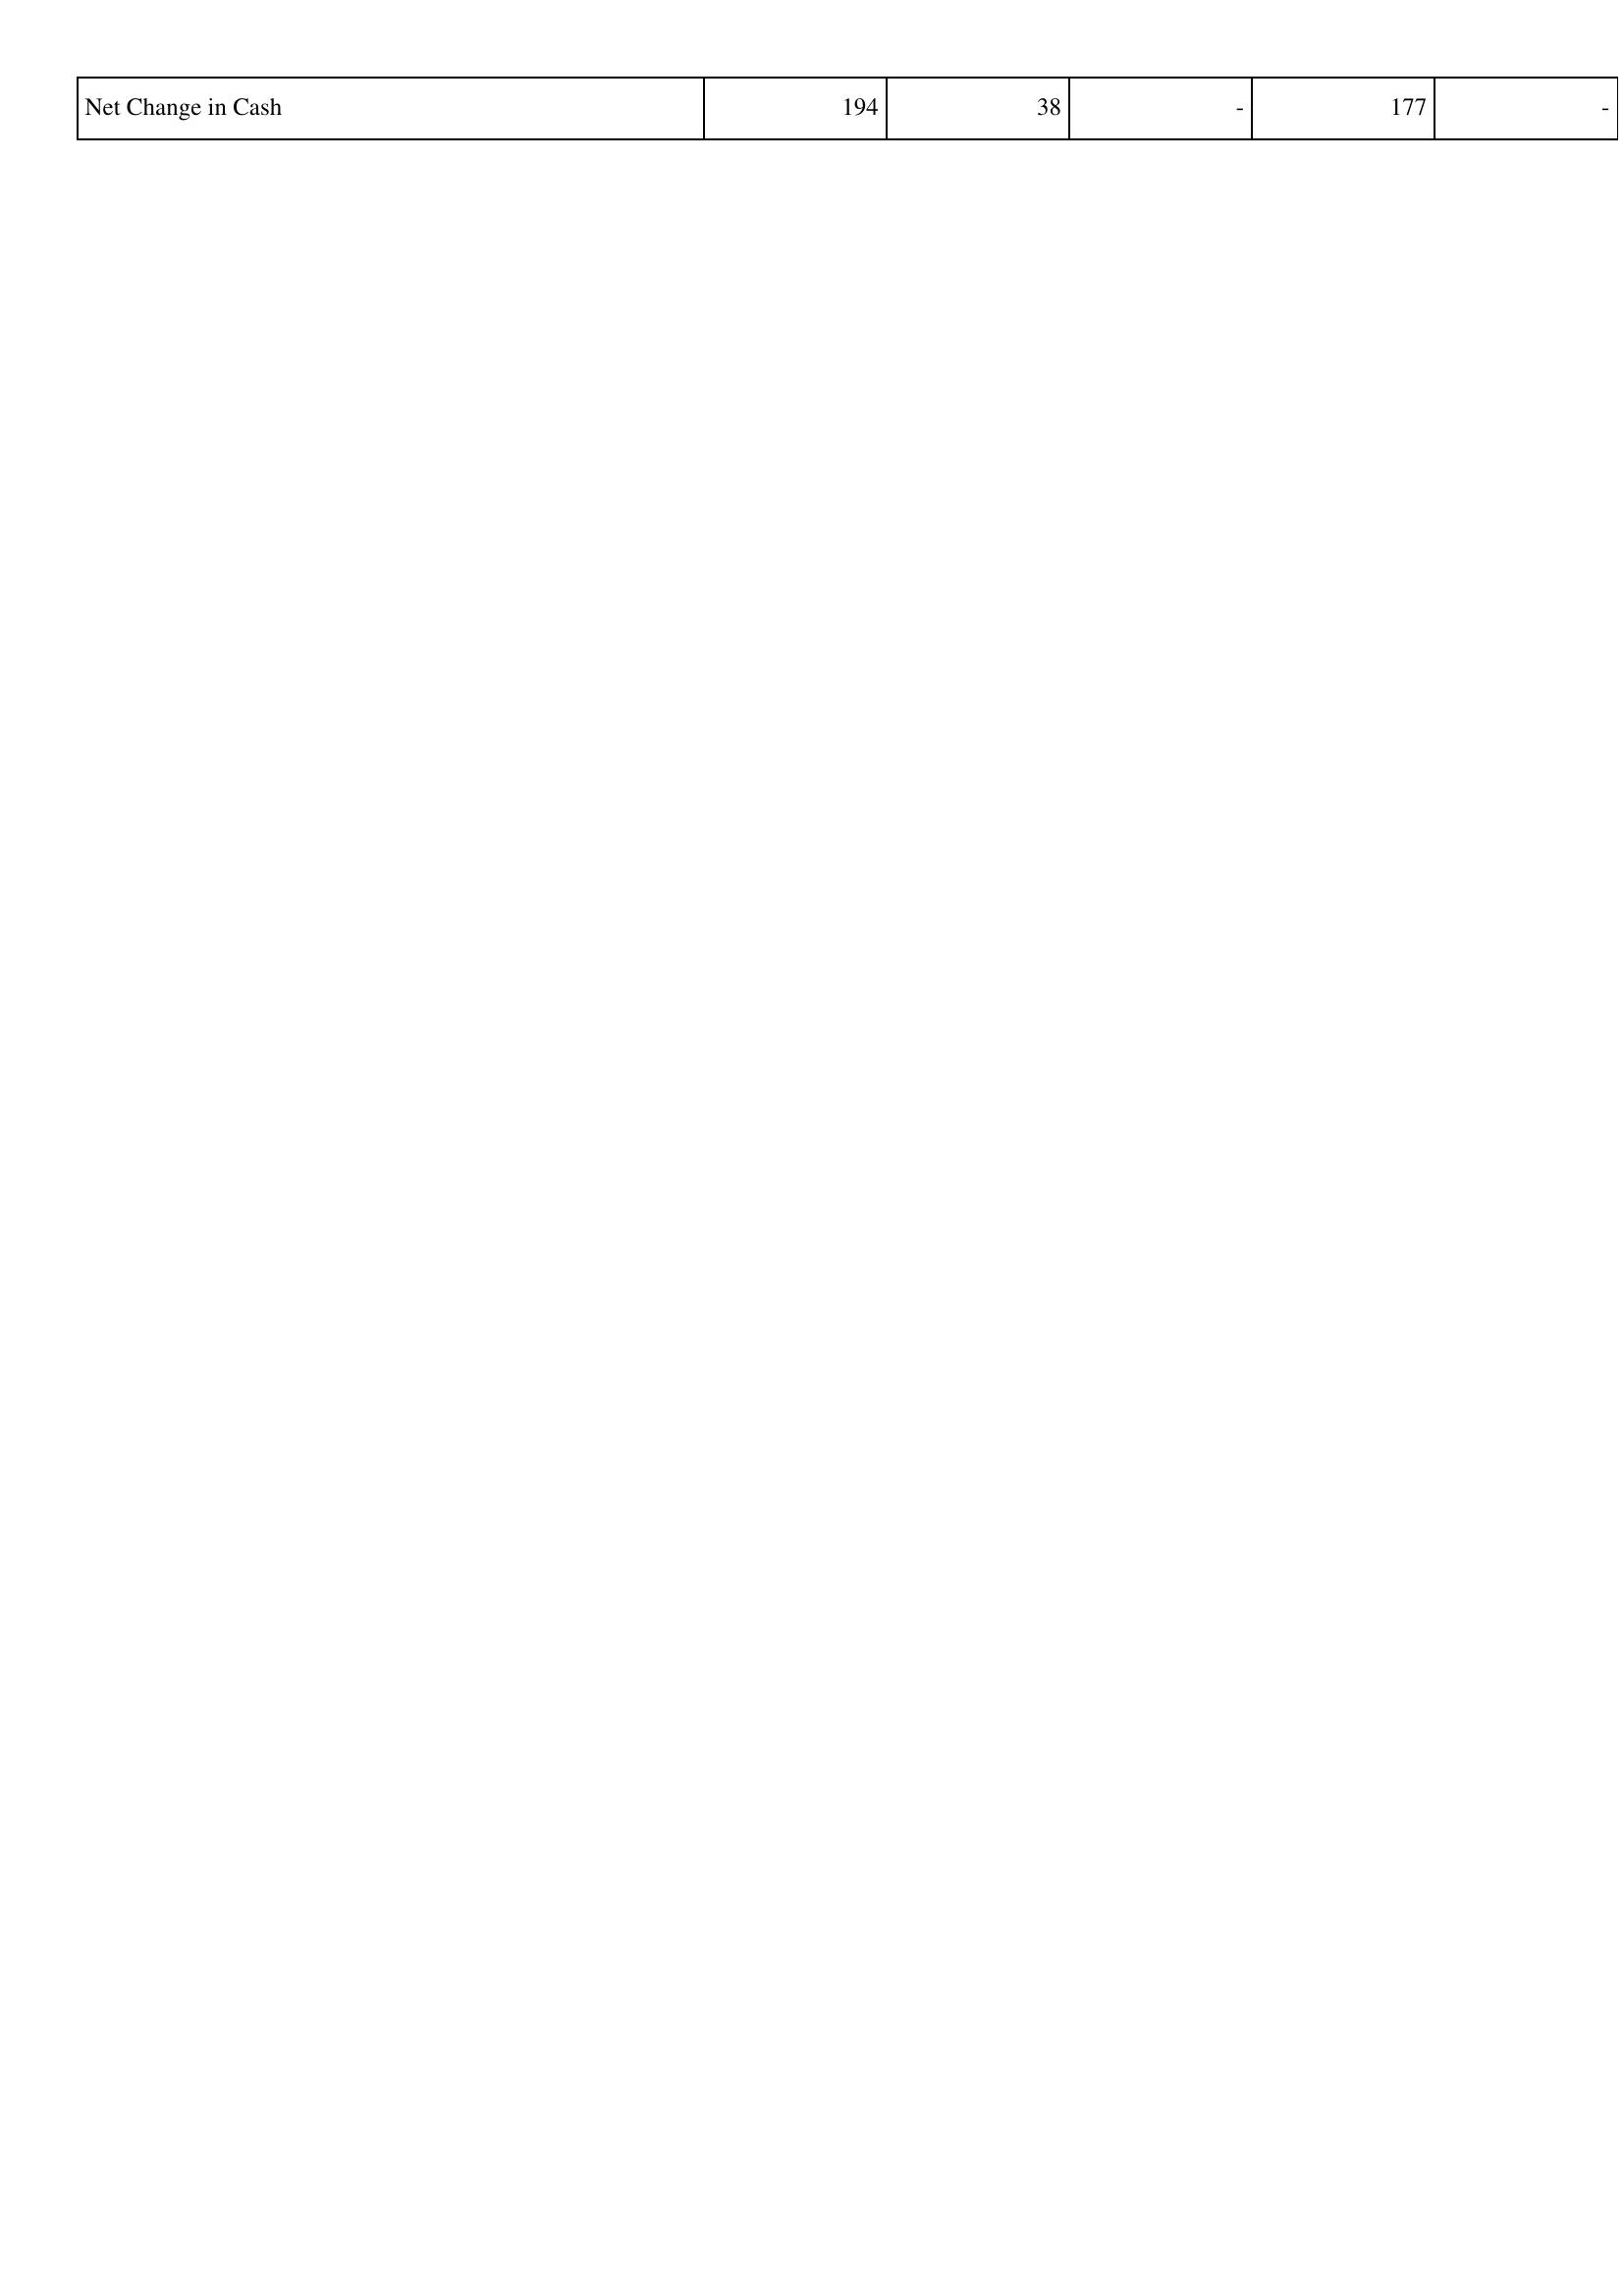
2017: Financing Activities: Net Change in Cash: 194
2016: Financing Activities: Net Change in Cash: 38
2015: Financing Activities: Net Change in Cash: -
2014: Financing Activities: Net Change in Cash: 177
2013: Financing Activities: Net Change in Cash: -